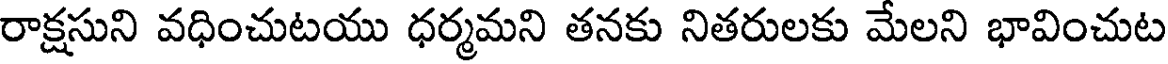
రాక్షసుని వధించుటయు ధర్మమని తనకు నితరులకు మేలని భావించుట